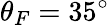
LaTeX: \theta_{F}=35^{\circ}